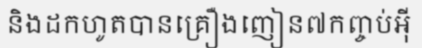
និងដកហូតបានគ្រឿងញៀន៧កញ្ចប់អ៊ី